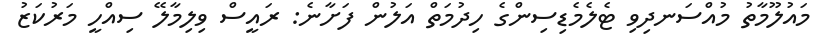
މައުލޫމާތު މުއްސަނދިވި ޓެލެމެޑިސިންގެ ހިދުމަތް އަލުން ފަށާނެ: ރައީސް ވިލިމާލޭ ސިއްހީ މަރުކަޒު